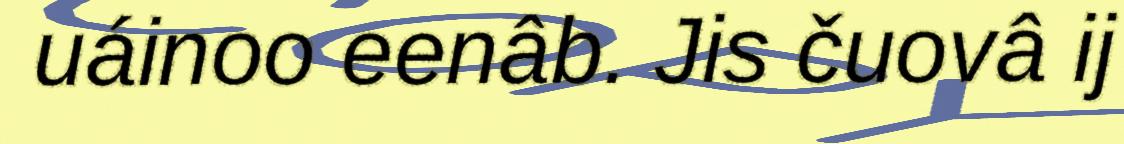
uáinoo eenâb. Jis čuovâ ij